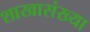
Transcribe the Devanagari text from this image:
शाखासंख्या